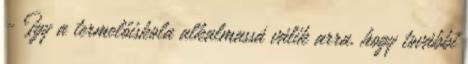
- Így a termelőiskola alkalmassá válik arra, hogy további